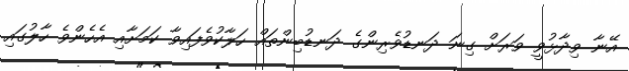
އޭނާ ވިދާޅުވީ ވަރަށް ގިނަ ދަނޑުވެރިންގެ ދަނޑުބިންތައް ހަލާކުވެފައިވާ ކަމަށާއި އެހެންވެ ހާލުގައި